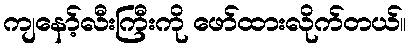
ကျနော့်လီးကြီးကို ဖော်ထားလိုက်တယ်။